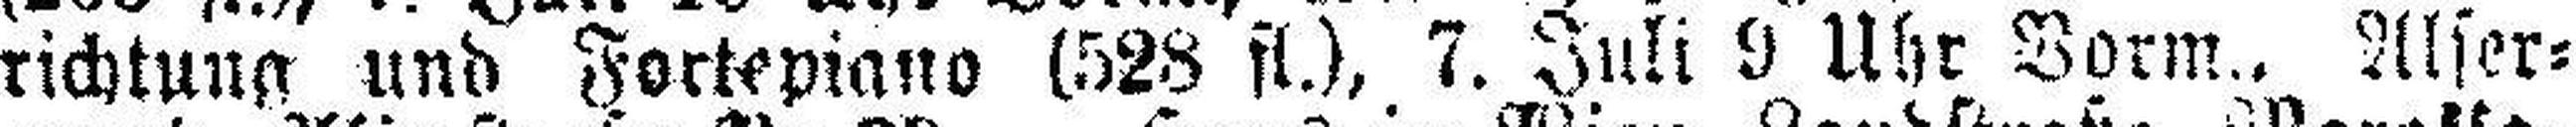
richtung und Fortepiano (528 fl.), 7. Juli 9 Uhr Vorm., Alser¬